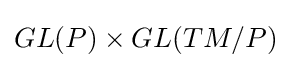
GL(P)\times GL(TM/P)